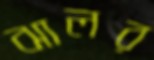
ঝালর